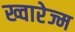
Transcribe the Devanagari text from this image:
ख्वारेज्म